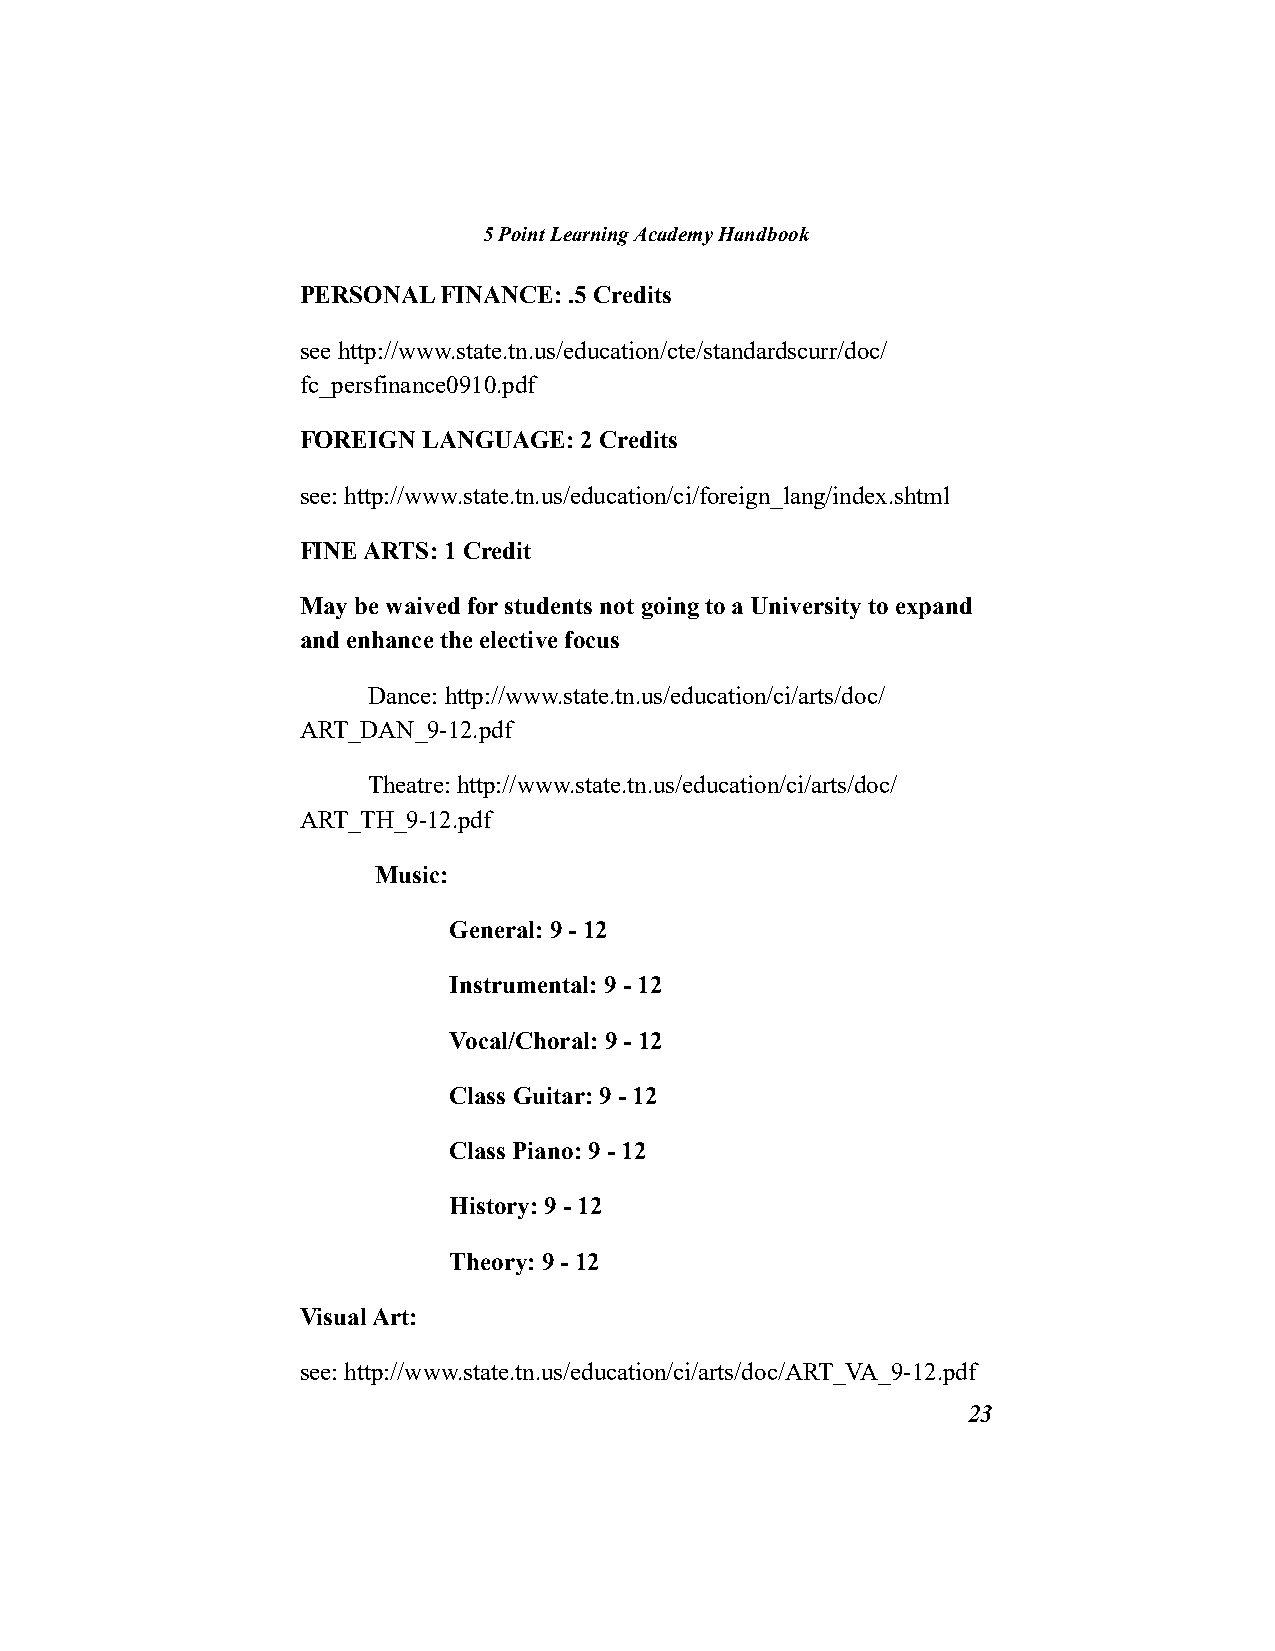
5 Point Learning Academy Handbook
 PERSONAL FINANCE: .5 Credits
 see http://www.state.tn.us/education/cte/standardscurr/doc/
 fc_persfinance0910.pdf
 FOREIGN LANGUAGE: 2 Credits
 see: http://www.state.tn.us/education/ci/foreign_lang/index.shtml
 FINE ARTS: 1 Credit
 May be waived for students not going to a University to expand
 and enhance the elective focus
 Dance: http://www.state.tn.us/education/ci/arts/doc/
 ART_DAN_9-12.pdf
 Theatre: http://www.state.tn.us/education/ci/arts/doc/
 ART_TH_9-12.pdf
 Music:
 General: 9 - 12
 Instrumental: 9 - 12
 Vocal/Choral: 9 - 12
 Class Guitar: 9 - 12
 Class Piano: 9 - 12
 History: 9 - 12
 Theory: 9 - 12
 Visual Art:
 see: http://www.state.tn.us/education/ci/arts/doc/ART_VA_9-12.pdf
 23